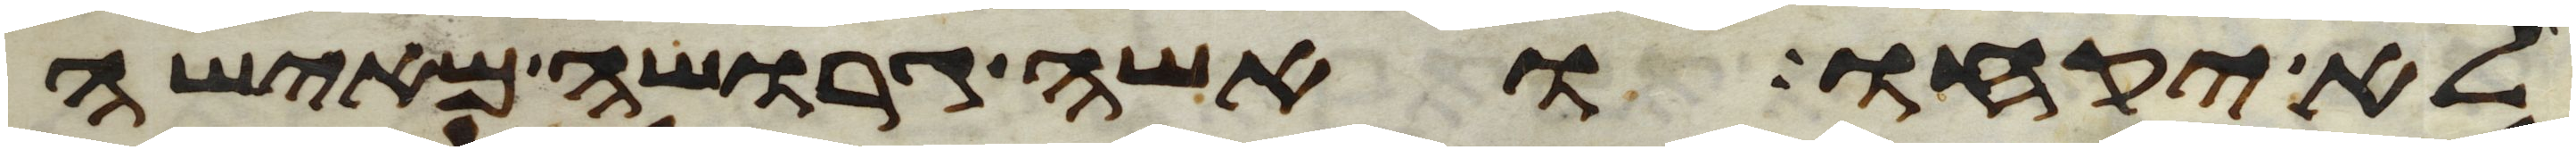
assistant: לא יקחו ואשה גרושה מאישה